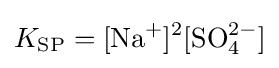
K_{\mathrm {SP} }=[\mathrm {Na^{+}} ]^{2}[\mathrm {SO_{4}^{2-}} ]